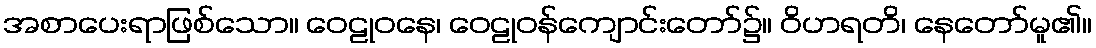
အစာပေးရာဖြစ်သော။ ဝေဠုဝနေ၊ ဝေဠုဝန်ကျောင်းတော်၌။ ဝိဟရတိ၊ နေတော်မူ၏။